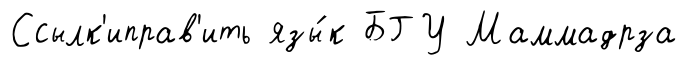
Ссылк'иправ'ить язы́к БГУ Маммадрза